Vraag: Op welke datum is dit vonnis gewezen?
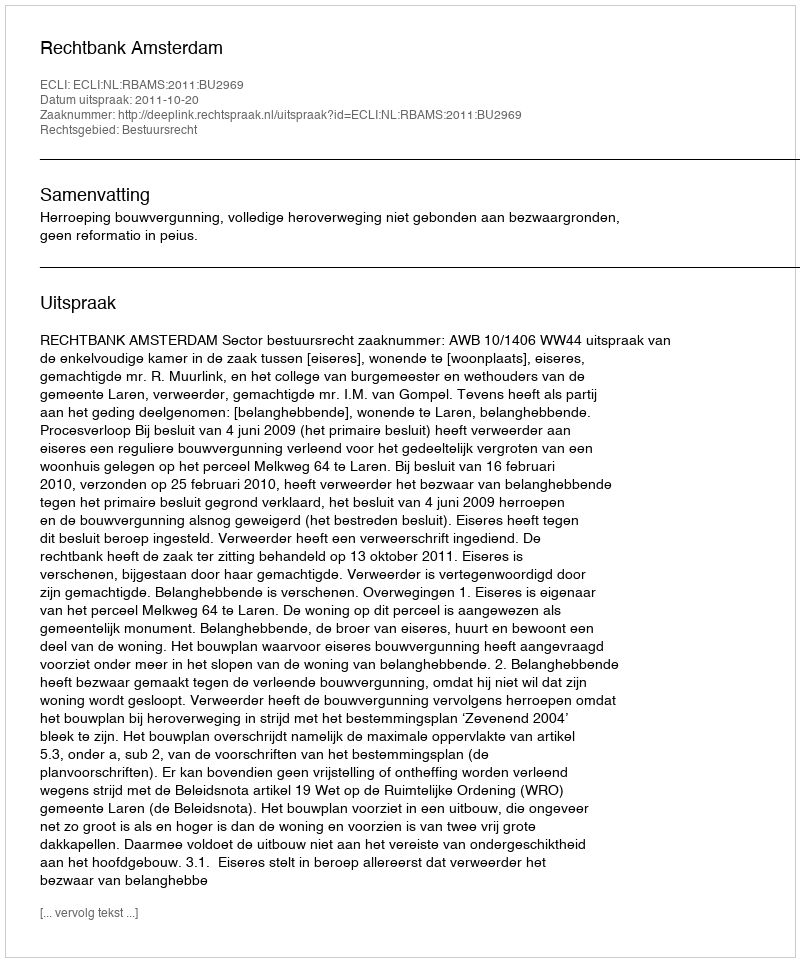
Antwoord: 2011-10-20